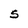
Character: 5